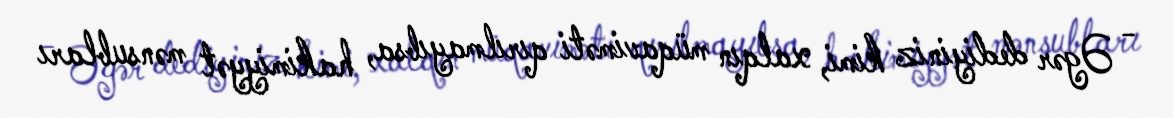
- Əgər dediyiniz kimi, xalqın müqaviməti qırılmayıbsa, hakimiyyət mənsubları